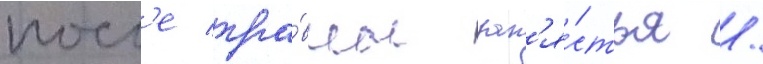
посл'е тра́вмы зап'я́стья /